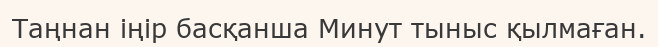
Таңнан іңір басқанша Минут тыныс қылмаған.